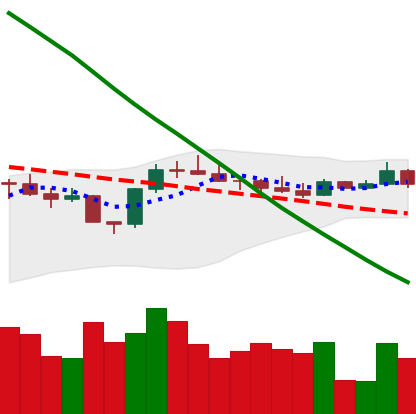
Ticker: BTC-USD
Chart end date: 2022-08-09
Forward return: 4.986%
Label: up_3_5